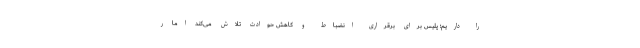
را داریم؛ پلیس برای برقراری انضباط و کاهش حوادث تلاش می‌کند اما ر